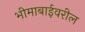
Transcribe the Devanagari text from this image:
भीमाबाईवरील